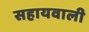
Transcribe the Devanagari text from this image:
सहायवाली